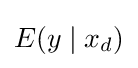
E(y\mid x_{d})